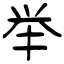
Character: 举